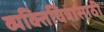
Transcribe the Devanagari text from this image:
व्यक्तिचित्रासाठी